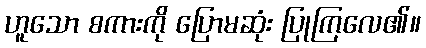
ဟူသော စကားကို ပြောမဆုံး ပြုကြလေ၏။